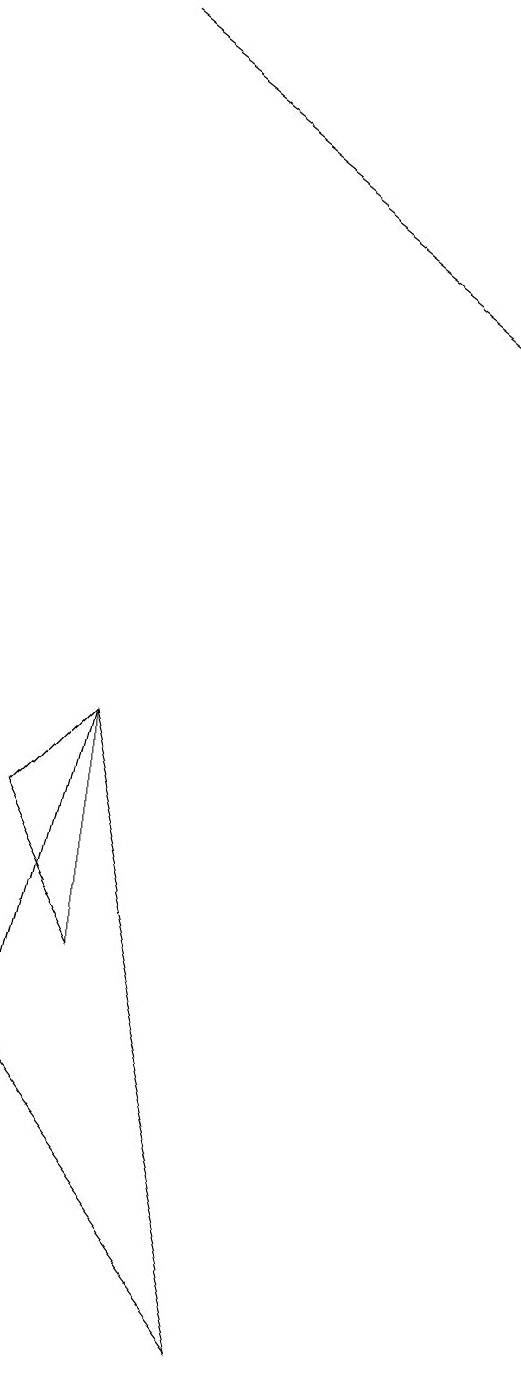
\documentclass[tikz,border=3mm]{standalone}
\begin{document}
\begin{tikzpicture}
\draw[->] (3,17) -- (8,13);
\draw (3,5) -- (2,7) -- (3,8) -- cycle;
\draw (3,8) -- (5,0) -- (2,4) -- cycle;
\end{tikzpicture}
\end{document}